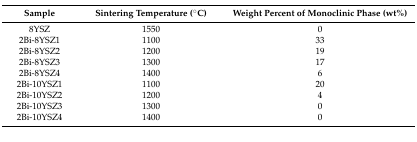
<table><thead><tr><td><b>Sample</b></td><td><b>Sintering Temperature (°C)</b></td><td><b>Weight Percent of Monoclinic Phase (wt%)</b></td></tr></thead><tbody><tr><td>8YSZ</td><td>1550</td><td>0</td></tr><tr><td>2Bi-8YSZ1</td><td>1100</td><td>33</td></tr><tr><td>2Bi-8YSZ2</td><td>1200</td><td>19</td></tr><tr><td>2Bi-8YSZ3</td><td>1300</td><td>17</td></tr><tr><td>2Bi-8YSZ4</td><td>1400</td><td>6</td></tr><tr><td>2Bi-10YSZ1</td><td>1100</td><td>20</td></tr><tr><td>2Bi-10YSZ2</td><td>1200</td><td>4</td></tr><tr><td>2Bi-10YSZ3</td><td>1300</td><td>0</td></tr><tr><td>2Bi-10YSZ4</td><td>1400</td><td>0</td></tr></tbody></table>